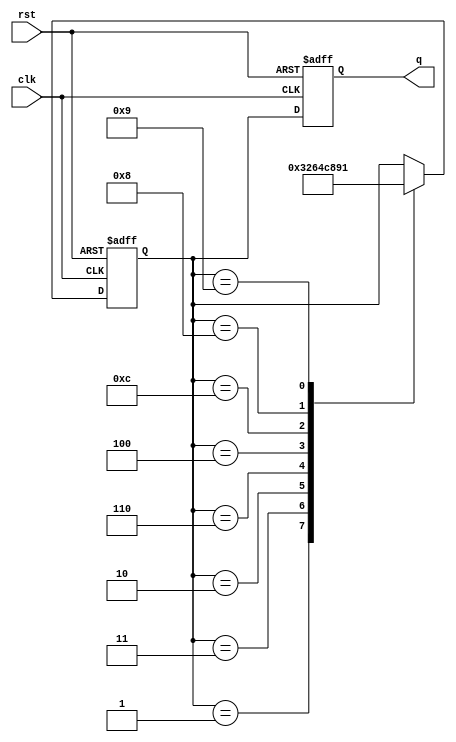
module gray_code_ring_counter(
    input wire clk,
    input wire rst,
    output reg[3:0] q
);

reg [3:0] d;

always @ (posedge clk or posedge rst) begin
    if (rst) begin
        d <= 4'b0001;
        q <= 4'b0001;
    end else begin
        case(d)
            4'b0001: d <= 4'b0011;
            4'b0011: d <= 4'b0010;
            4'b0010: d <= 4'b0110;
            4'b0110: d <= 4'b0100;
            4'b0100: d <= 4'b1100;
            4'b1100: d <= 4'b1000;
            4'b1000: d <= 4'b1001;
            4'b1001: d <= 4'b0001;
        endcase
        q <= d;
    end
end

endmodule